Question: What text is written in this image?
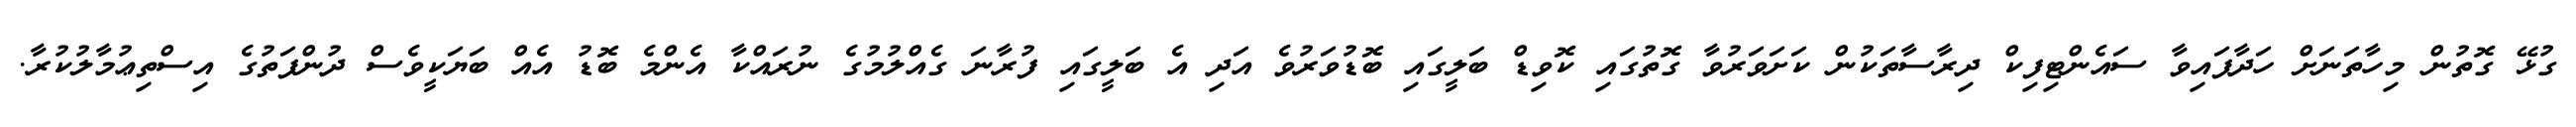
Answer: ގުޅޭ ގޮތުން މިހާތަނަށް ހަދާފައިވާ ސައެންޓިފިކް ދިރާސާތަކުން ކަށަވަރުވާ ގޮތުގައި ކޮވިޑް ބަލީގައި ބޮޑުވަރުވެ އަދި އެ ބަލީގައި ފުރާނަ ގެއްލުމުގެ ނުރައްކާ އެންމެ ބޮޑު އެއް ބަޔަކީވެސް ދުންފަތުގެ އިސްތިޢުމާލުކުރާ.